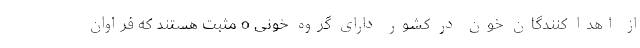
از اهدا کنندگان خون در کشور دارای گروه خونی o مثبت هستند که فراوان